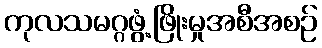
ကုလသမဂ္ဂဖွံ့ဖြိုးမှုအစီအစဉ်